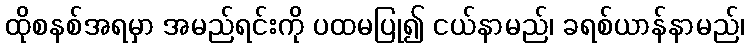
ထိုစနစ်အရမှာ အမည်ရင်းကို ပထမပြု၍ ငယ်နာမည်၊ ခရစ်ယာန်နာမည်၊